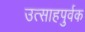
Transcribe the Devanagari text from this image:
उत्साहपुर्वक